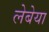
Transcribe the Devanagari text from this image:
लेबेया